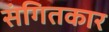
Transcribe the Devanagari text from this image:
संगितकार